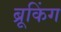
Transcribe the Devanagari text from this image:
ब्रूकिंग